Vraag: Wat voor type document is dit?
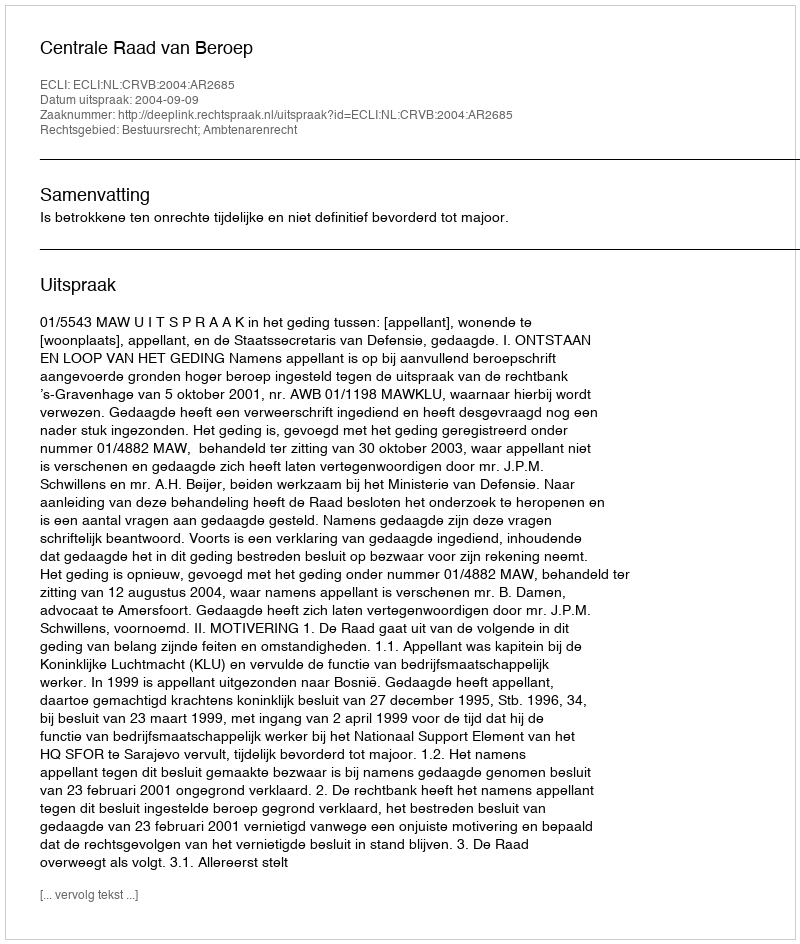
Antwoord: Uitspraak